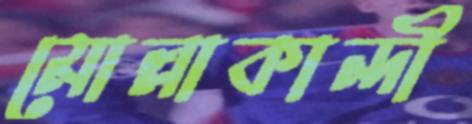
মোল্লাকান্দী